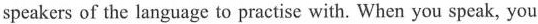
speakers of the language to practise with. When you speak, you